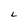
Character: L